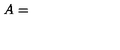
A =